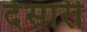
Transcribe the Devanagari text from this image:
देसारी